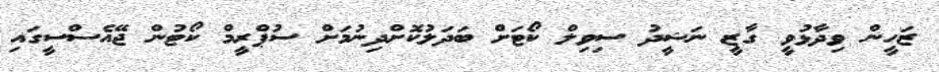
ޒަހީން ވިދާޅުވީ ގާޒީ ނަޝީދު ސިވިލް ކޯޓަށް ބަދަލުކޮށްދިނުމަށް ސުޕްރީމް ކޯޓުން ޖޭއެސްސީގައި